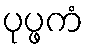
ပုပ္ဖကံ